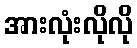
အားလုံးလိုလို